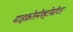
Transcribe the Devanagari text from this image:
माइक्रोस्पेक्ट्रोमीटर